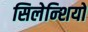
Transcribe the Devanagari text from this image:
सिलेन्शियो